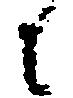
に